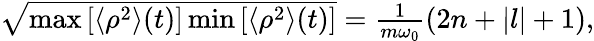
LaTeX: \begin{array}{r}{\sqrt{\operatorname*{max}\left[\langle\rho^{2}\rangle(t)\right]\operatorname*{min}\left[\langle\rho^{2}\rangle(t)\right]}=\frac{1}{m\omega_{0}}\left(2n+|l|+1\right),}\end{array}